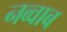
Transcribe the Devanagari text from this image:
नव्वाब